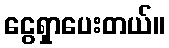
ငွေရှာပေးတယ်။